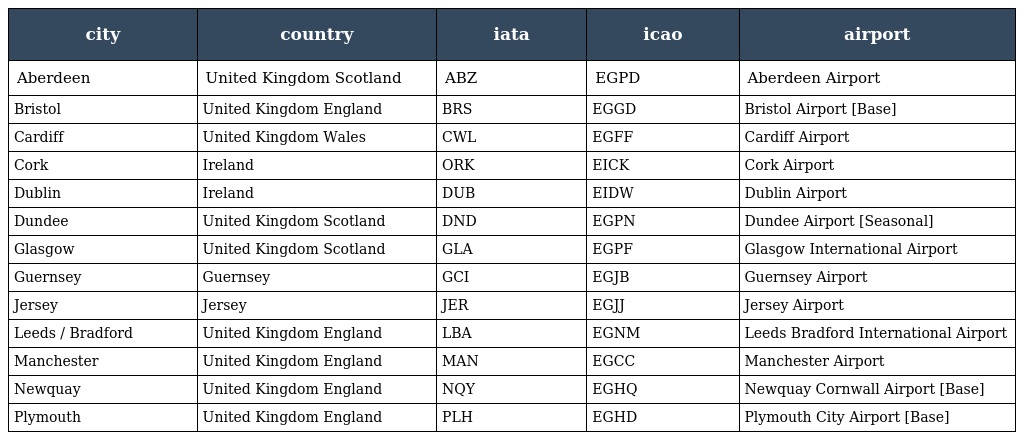
| city | country | iata | icao | airport |
 | --- | --- | --- | --- | --- |
 | Aberdeen | United Kingdom Scotland | ABZ | EGPD | Aberdeen Airport |
 | Bristol | United Kingdom England | BRS | EGGD | Bristol Airport [Base] |
 | Cardiff | United Kingdom Wales | CWL | EGFF | Cardiff Airport |
 | Cork | Ireland | ORK | EICK | Cork Airport |
 | Dublin | Ireland | DUB | EIDW | Dublin Airport |
 | Dundee | United Kingdom Scotland | DND | EGPN | Dundee Airport [Seasonal] |
 | Glasgow | United Kingdom Scotland | GLA | EGPF | Glasgow International Airport |
 | Guernsey | Guernsey | GCI | EGJB | Guernsey Airport |
 | Jersey | Jersey | JER | EGJJ | Jersey Airport |
 | Leeds / Bradford | United Kingdom England | LBA | EGNM | Leeds Bradford International Airport |
 | Manchester | United Kingdom England | MAN | EGCC | Manchester Airport |
 | Newquay | United Kingdom England | NQY | EGHQ | Newquay Cornwall Airport [Base] |
 | Plymouth | United Kingdom England | PLH | EGHD | Plymouth City Airport [Base] |